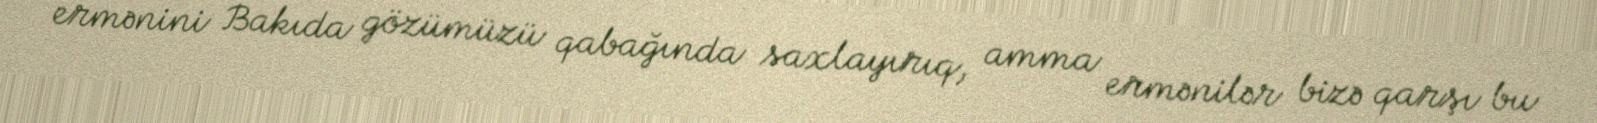
ermənini Bakıda gözümüzü qabağında saxlayırıq, amma ermənilər bizə qarşı bu